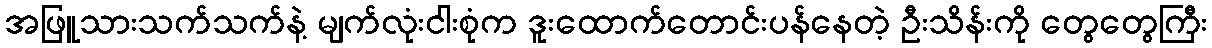
အဖြူသားသက်သက်နဲ့ မျက်လုံးငါးစုံက ဒူးထောက်တောင်းပန်နေတဲ့ ဦးသိန်းကို တွေတွေကြီး